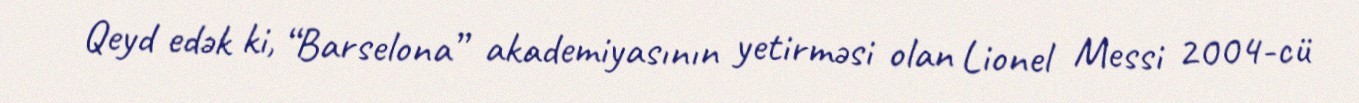
Qeyd edək ki, “Barselona” akademiyasının yetirməsi olan Lionel Messi 2004-cü